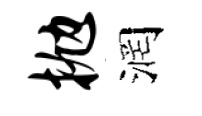
抛润